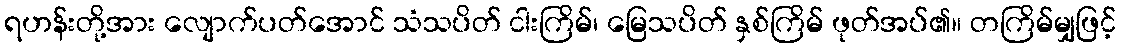
ရဟန်းတို့အား လျောက်ပတ်အောင် သံသပိတ် ငါးကြိမ်၊ မြေသပိတ် နှစ်ကြိမ် ဖုတ်အပ်၏။ တကြိမ်မျှဖြင့်